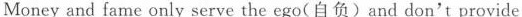
Money and fame only serve the ego(自负)and don't provide